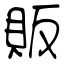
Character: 販